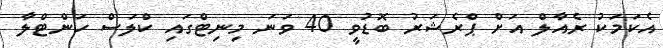
އެކަމަކު ރެއާލް އަށް ޕްރެޝަރު ބޮޑުވީ 40 ވަނަ މިނިޓްގައި ކްލަސް ހަންޓްލާ